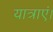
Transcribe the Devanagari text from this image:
यात्राएं।